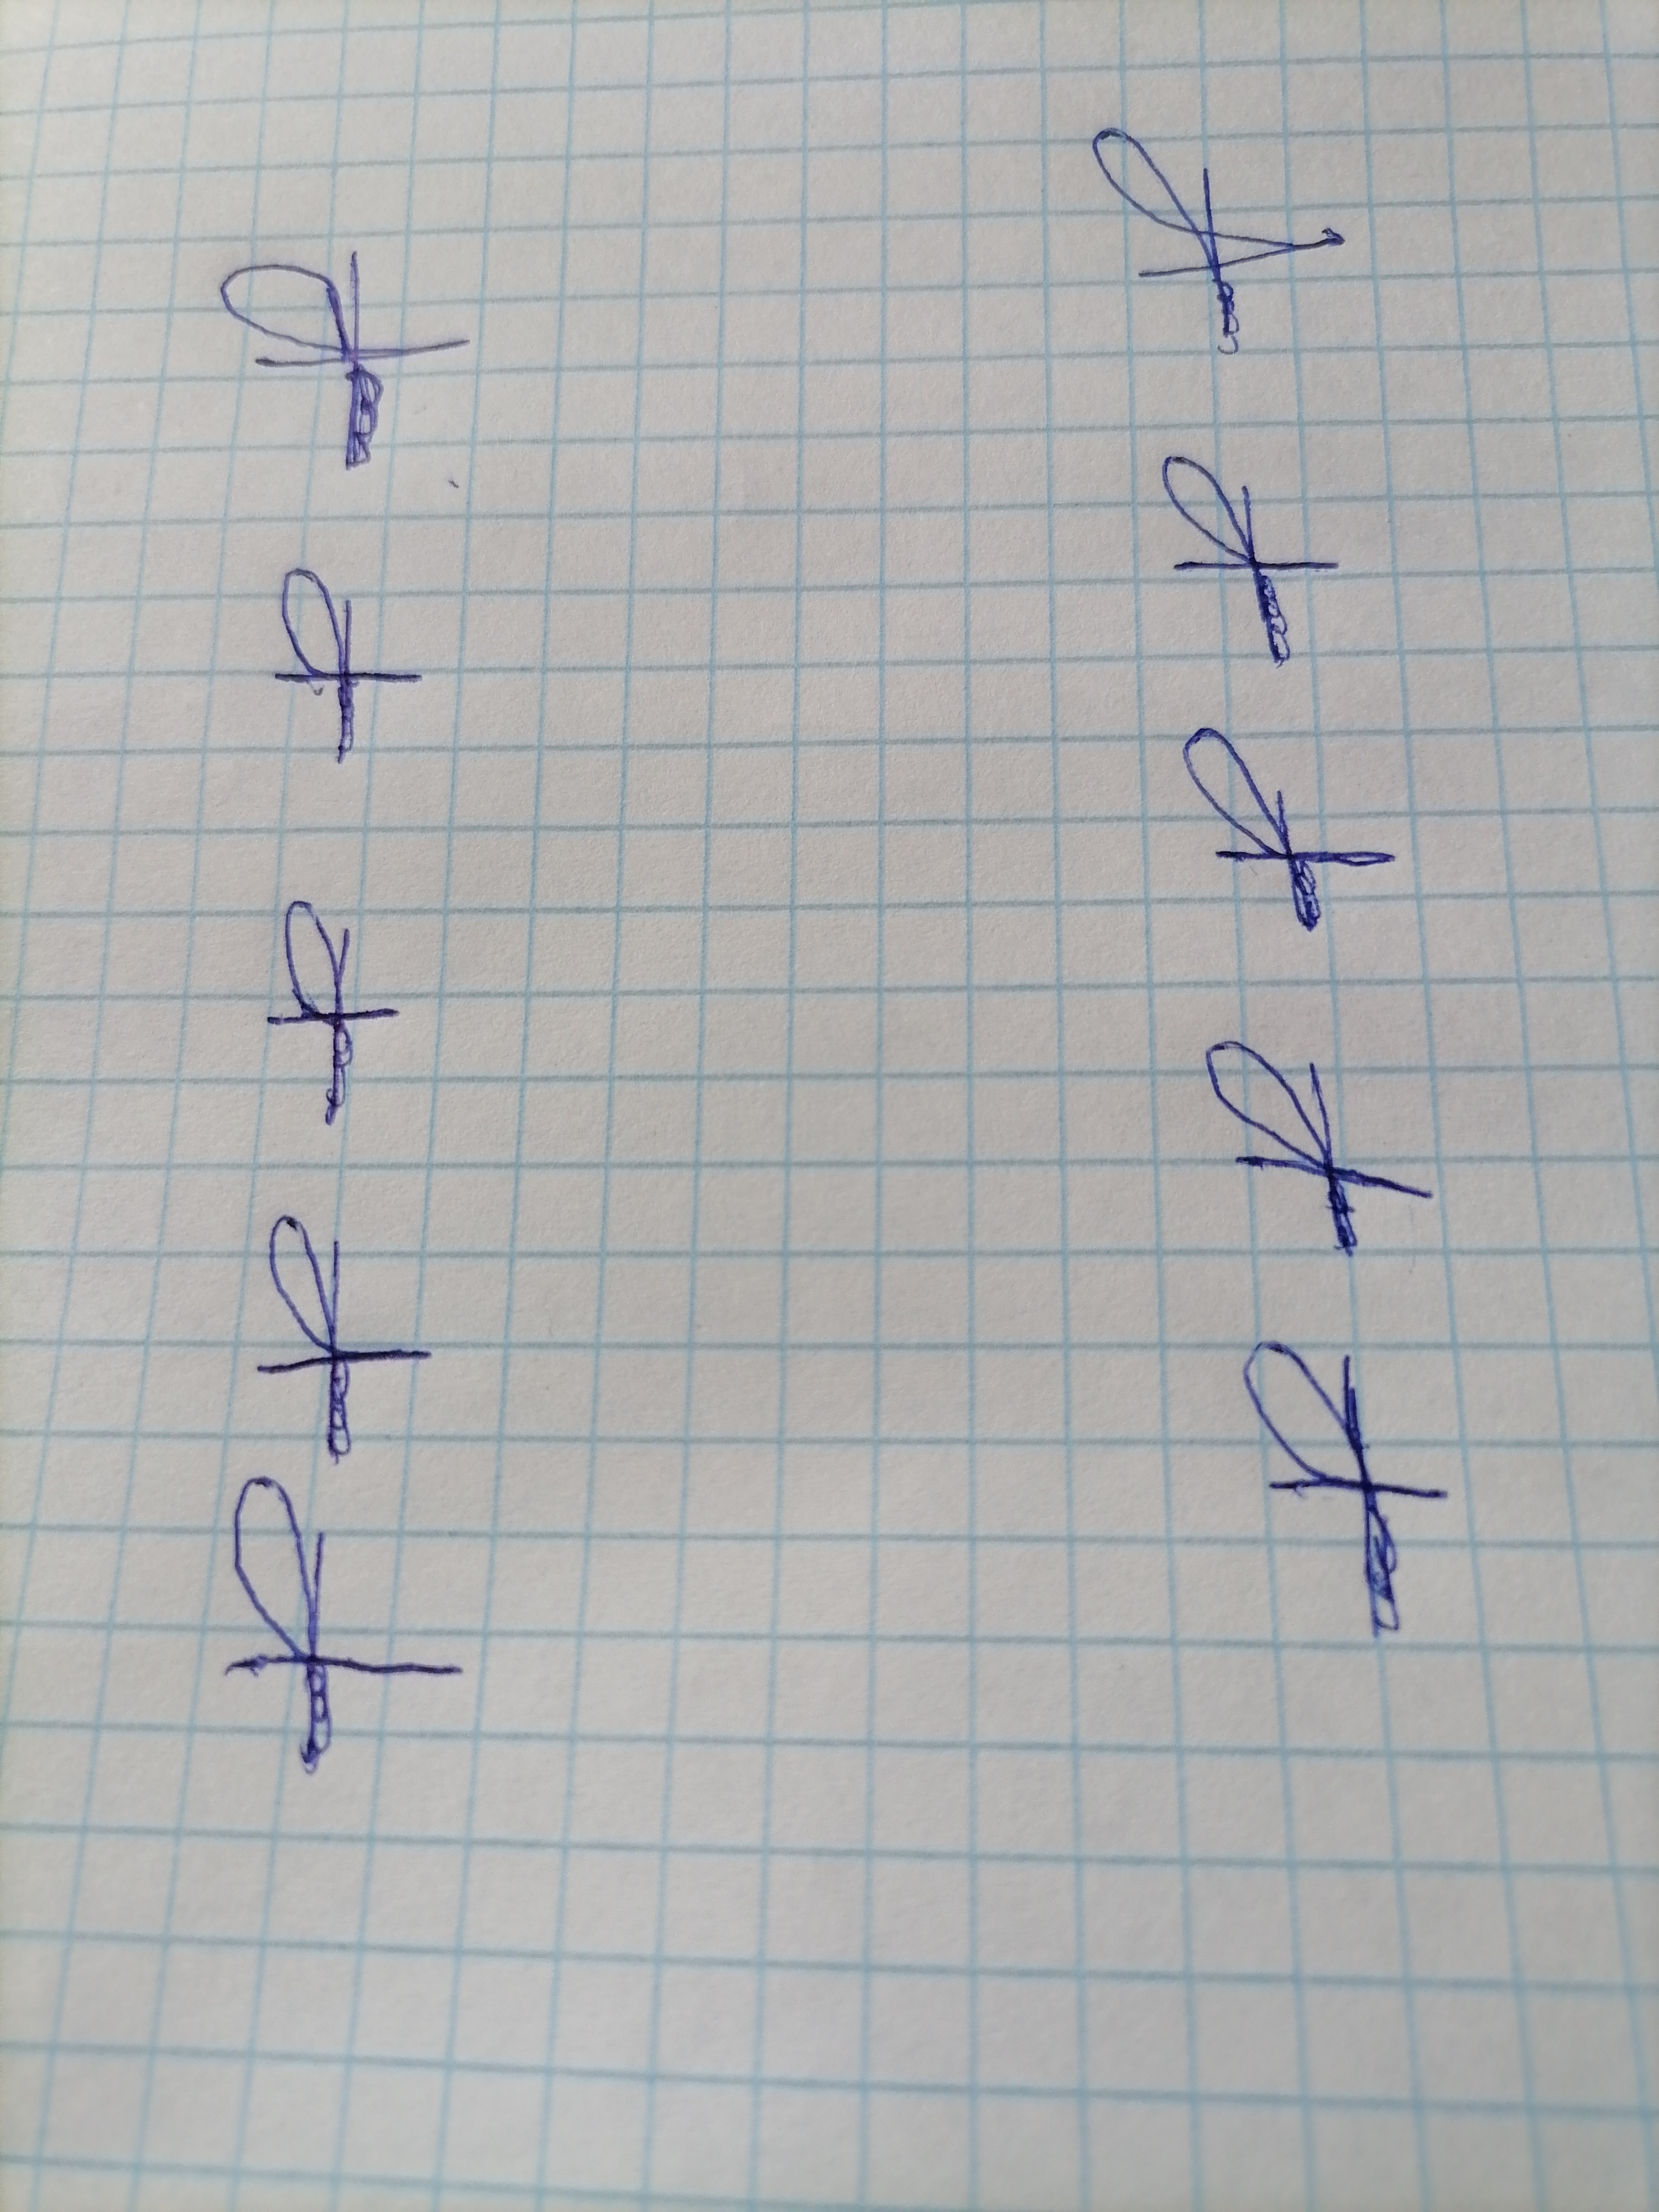
Signature authenticity: forged